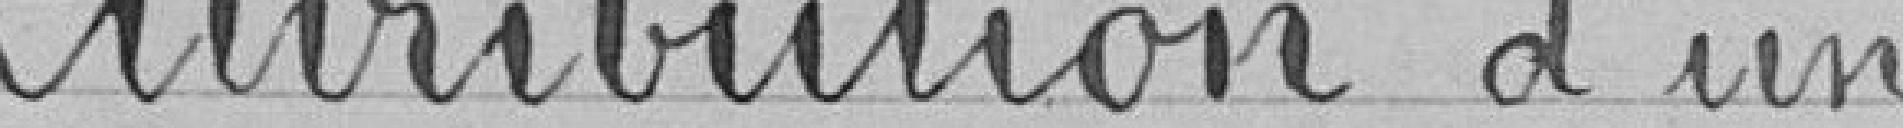
Attribution d'un